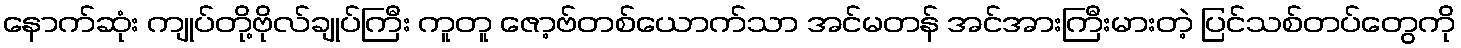
နောက်ဆုံး ကျုပ်တို့ဗိုလ်ချုပ်ကြီး ကူတူ ဇော့ဗ်တစ်ယောက်သာ အင်မတန် အင်အားကြီးမားတဲ့ ပြင်သစ်တပ်တွေကို